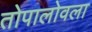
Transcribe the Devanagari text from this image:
तोपालोवला